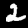
Label: 2